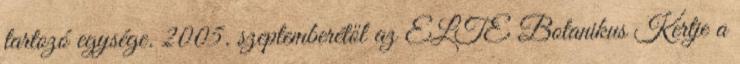
tartozó egysége. 2005. szeptemberétől az ELTE Botanikus Kertje a